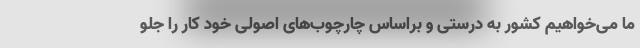
ما می‌خواهیم کشور به درستی و براساس چارچوب‌های اصولی خود کار را جلو